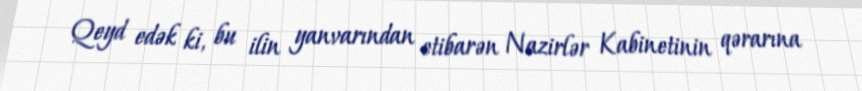
Qeyd edək ki, bu ilin yanvarından etibarən Nazirlər Kabinetinin qərarına